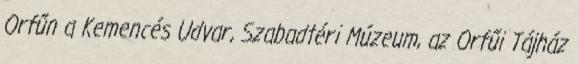
Orfűn a Kemencés Udvar, Szabadtéri Múzeum, az Orfűi Tájház